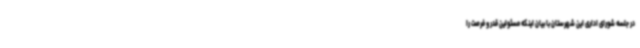
در جلسه شورای اداری این شهرستان با بیان اینکه مسئولین قدر و فرصت را